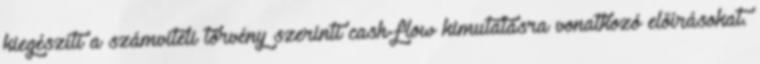
kiegészíti a számviteli törvény szerinti cash-flow kimutatásra vonatkozó előírásokat.